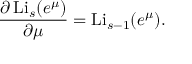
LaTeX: { \frac { \partial \operatorname { L i } _ { s } ( e ^ { \mu } ) } { \partial \mu } } = \operatorname { L i } _ { s - 1 } ( e ^ { \mu } ) .